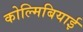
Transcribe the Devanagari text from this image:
कोल्मिबियाई